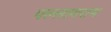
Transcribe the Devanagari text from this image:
पल्लावराम